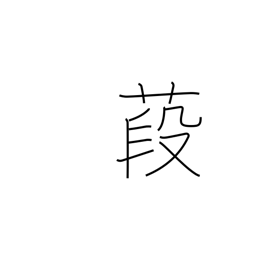
Meaning: althea